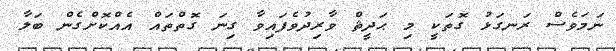
ނަމަވެސް ރަނގަޅު ގޮތަކީ މި ޙަދީޘް ވާރިދުވެފައިވާ ގިނަ ގޮތްތައް އެއްކޮށްގެން ބަލާ